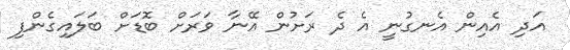
އަދި އެއިން އެނގުނީ އެ ދެ ރަށުން އޭނާ ވަރަށް ބޮޑަށް ބަލައިގެންފި